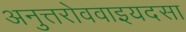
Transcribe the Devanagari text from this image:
अनुत्तरोववाइयदसा